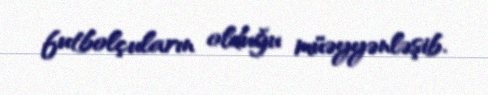
futbolçuların olduğu müəyyənləşib.